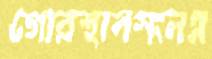
গোরস্থানসংলগ্ন